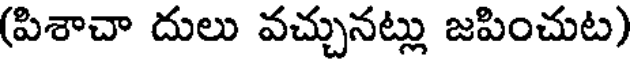
(పిశాచా దులు వచ్చునట్లు జపించుట)